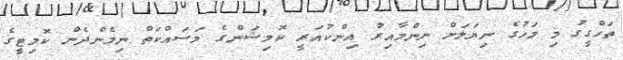
ތަހްގީގު މި މަހުގެ ނިޔަލަށް ނިންމާއިރު އިންކުއަރީ ކޮމިޝަންގެ މަސައްކަތް ނިމެންދެން ކޮމިޓީގެ